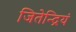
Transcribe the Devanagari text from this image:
जितेन्द्रियं